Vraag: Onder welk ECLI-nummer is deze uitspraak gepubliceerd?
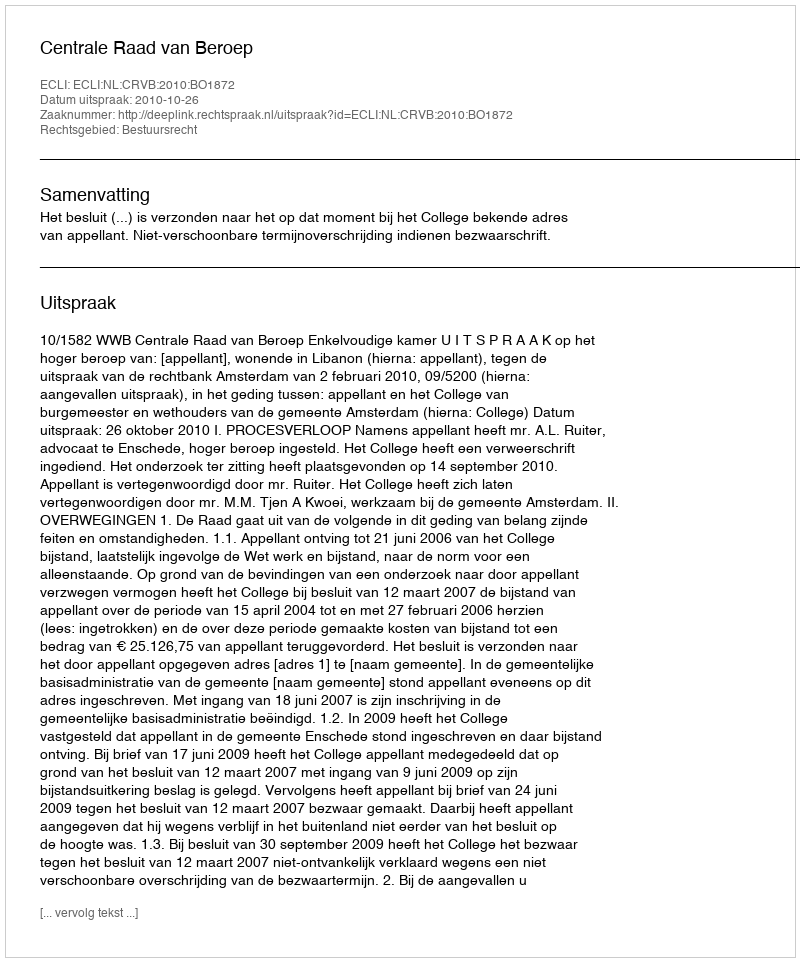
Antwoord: ECLI:NL:CRVB:2010:BO1872